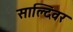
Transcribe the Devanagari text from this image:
साल्दिवर